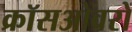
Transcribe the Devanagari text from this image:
क्रॉसओवरों